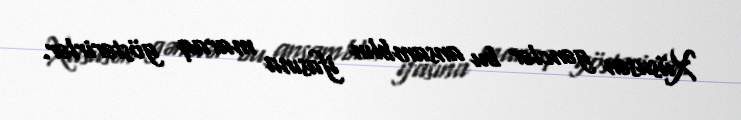
Xüsusən gənclər bu ansamblın ifasına maraq göstərirlər.